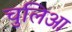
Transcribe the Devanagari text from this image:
चुलिआ